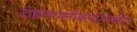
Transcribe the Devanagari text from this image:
टाइम्सग्लोबलएमबीए